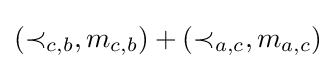
(\prec _{c,b},m_{c,b})+(\prec _{a,c},m_{a,c})